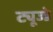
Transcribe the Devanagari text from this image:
ट्यूज्डे